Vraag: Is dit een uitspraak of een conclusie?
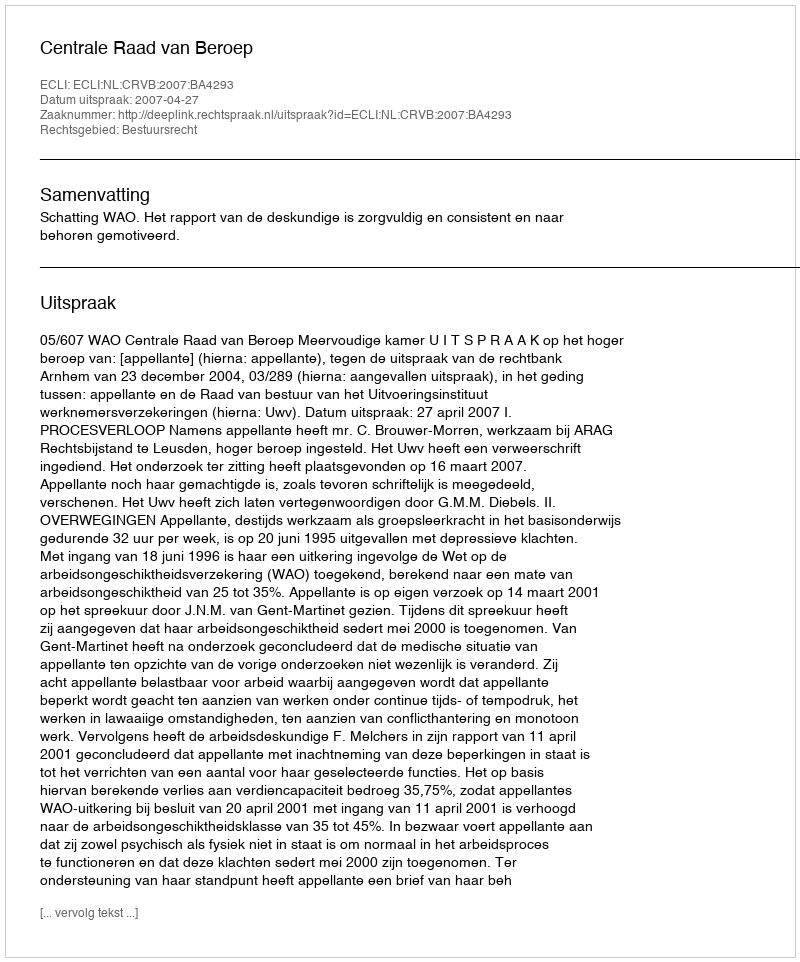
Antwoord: Uitspraak